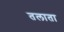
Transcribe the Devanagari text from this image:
तलाता